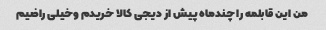
من این قابلمه را چندماه پیش از دیجی کالا خریدم وخیلی راضیم